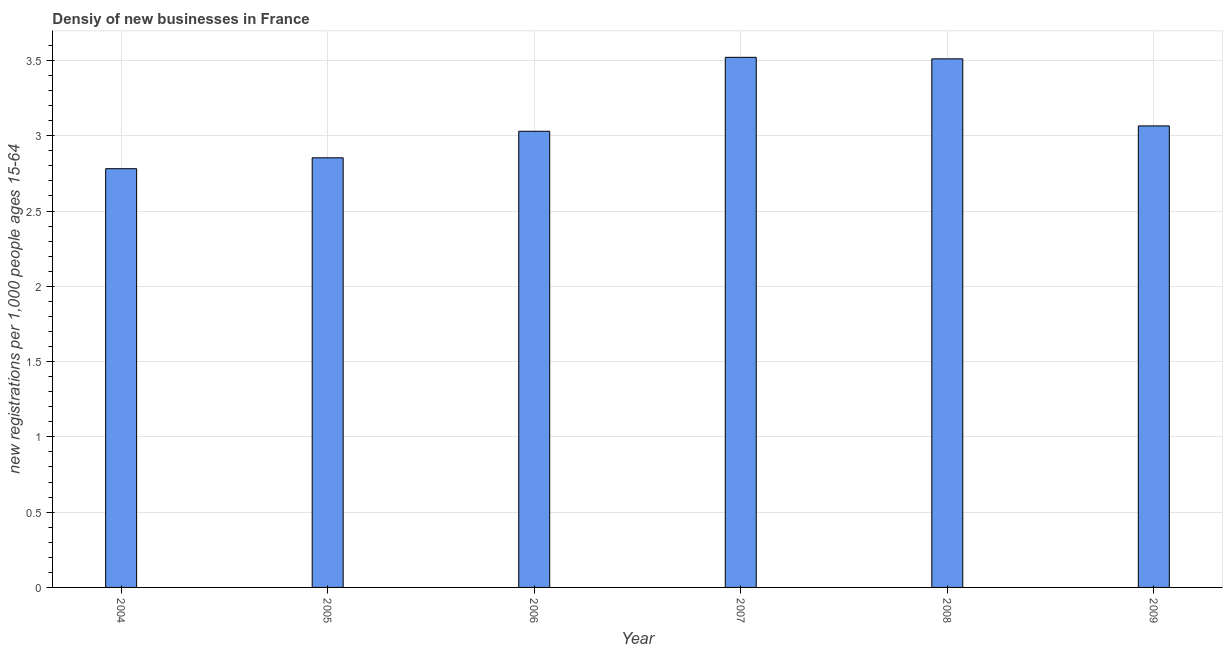
| Year | New business density |
 | --- | --- |
 | 2004 | 2.78 |
 | 2005 | 2.85 |
 | 2006 | 3.03 |
 | 2007 | 3.52 |
 | 2008 | 3.51 |
 | 2009 | 3.07 |